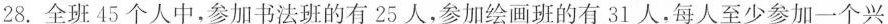
28.全班45个人中，参加书法班的有25人，参加绘画班的有31人，每人至少参加一个兴